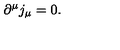
\partial ^ { \mu } j _ { \mu } = 0 .